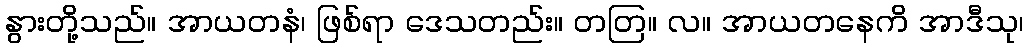
နွားတို့သည်။ အာယတနံ၊ ဖြစ်ရာ ဒေသတည်း။ တတြ။ လ။ အာယတနေကိ အာဒီသု၊